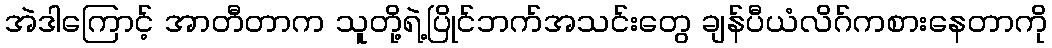
အဲဒါကြောင့် အာတီတာက သူတို့ရဲ့ပြိုင်ဘက်အသင်းတွေ ချန်ပီယံလိဂ်ကစားနေတာကို